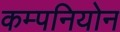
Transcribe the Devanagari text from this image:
कम्पनियोन